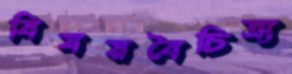
বিষয়বৈচিত্র্য